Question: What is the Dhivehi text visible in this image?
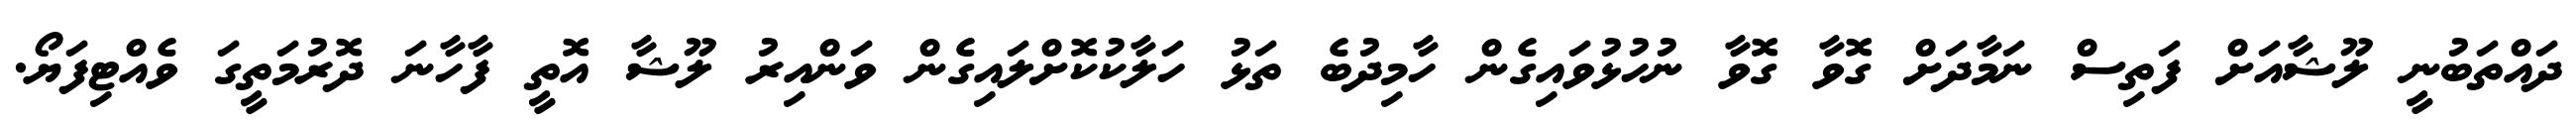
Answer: ދައްތަބުނީ ލޫޝާއަށް ފަތިސް ނަމާދަށް ގޮވާ ގޮވާ ނުހުޅުވައިގެން ހާމިދުބެ ތަޅު ހަލާކުކޮށްލައިގެން ވަންއިރު ލޫޝާ އޮތީ ފާހާނަ ދޮރުމަތީގަ ވެއްޓިފަޔޯ.